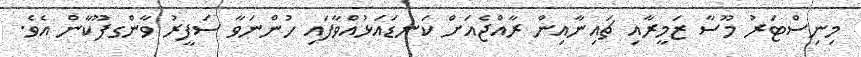
މިނިސްޓަރު މޫސާ ޒަމީރާއި ޗައިނާއިން ރާއްޖެއަށް ކަނޑައަޅުއްވާފައި ހުންނަވާ ސަފީރު ވާންގފޫކާން އެވެ.